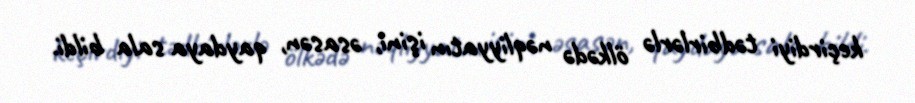
keçirdiyi tədbirlərlə ölkədə nəqliyyatın işini, əsasən, qaydaya sala bildi.